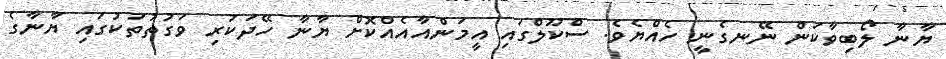
ޔާނާ ލޯބިވާކަން ނޭނގެނީ ހެއްޔެވެ. ސްކޫލްގައި އީމަންއާއެއްކޮށް ޔާނާ ހޭދަކުރި ވަގުތުތަކުގައި ޔާނާގެ